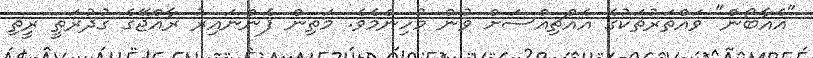
"އެއާބޯން" ވައްތަރުތަކުގެ އެއްޗިއްސަށް ވުން މުހިންމެވެ. މަތިން ފެންނައިރު ރާއްޖޭގެ ގުދުރަތީ ރީތި